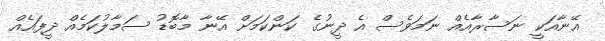
އޭނާއަކީ ނަސާރާއެއް ނަމަވެސް އެ ދީނުގެ ކަންކަމަށް އޭނާ މާބޮޑު ސަމާލުކަމެއް ދީފައެއް